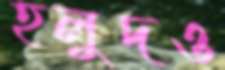
হলুদও